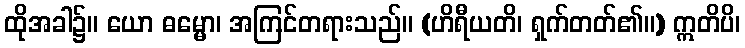
ထိုအခါ၌။ ယော ဓမ္မော၊ အကြင်တရားသည်။ (ဟိရီယတိ၊ ရှက်တတ်၏။) ဣတိပိ၊